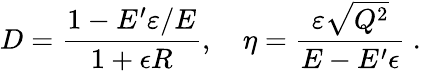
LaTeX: D={\frac{1-E^{\prime}\varepsilon/E}{1+\epsilon R}},\quad\eta={\frac{\varepsilon\sqrt{Q^{2}}}{E-E^{\prime}\epsilon}}\ .